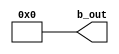
//======================================================================
//
// Copyright (c) 2016, NORDUnet A/S All rights reserved.
//
// Redistribution and use in source and binary forms, with or without
// modification, are permitted provided that the following conditions
// are met:
// - Redistributions of source code must retain the above copyright
//   notice, this list of conditions and the following disclaimer.
//
// - Redistributions in binary form must reproduce the above copyright
//   notice, this list of conditions and the following disclaimer in the
//   documentation and/or other materials provided with the distribution.
//
// - Neither the name of the NORDUnet nor the names of its contributors may
//   be used to endorse or promote products derived from this software
//   without specific prior written permission.
//
// THIS SOFTWARE IS PROVIDED BY THE COPYRIGHT HOLDERS AND CONTRIBUTORS "AS
// IS" AND ANY EXPRESS OR IMPLIED WARRANTIES, INCLUDING, BUT NOT LIMITED
// TO, THE IMPLIED WARRANTIES OF MERCHANTABILITY AND FITNESS FOR A
// PARTICULAR PURPOSE ARE DISCLAIMED. IN NO EVENT SHALL THE COPYRIGHT
// HOLDER OR CONTRIBUTORS BE LIABLE FOR ANY DIRECT, INDIRECT, INCIDENTAL,
// SPECIAL, EXEMPLARY, OR CONSEQUENTIAL DAMAGES (INCLUDING, BUT NOT LIMITED
// TO, PROCUREMENT OF SUBSTITUTE GOODS OR SERVICES; LOSS OF USE, DATA, OR
// PROFITS; OR BUSINESS INTERRUPTION) HOWEVER CAUSED AND ON ANY THEORY OF
// LIABILITY, WHETHER IN CONTRACT, STRICT LIABILITY, OR TORT (INCLUDING
// NEGLIGENCE OR OTHERWISE) ARISING IN ANY WAY OUT OF THE USE OF THIS
// SOFTWARE, EVEN IF ADVISED OF THE POSSIBILITY OF SUCH DAMAGE.
//
//======================================================================

`timescale 1ns / 1ps

module brom_p256_zero
  (
   //input		wire			clk,
   //input		wire	[ 3-1:0]	b_addr,
   output wire [32-1:0] b_out
   );


   assign b_out = {32{1'b0}};

   //
   // Output Registers
   //
   //reg [31:0] bram_reg_b;

   //assign b_out = bram_reg_b;


   //
   // Read-Only Port B
   //
   //always @(posedge clk)
   //
   //case (b_addr)
   //3'b000:	bram_reg_b <= 32'h00000000;
   //3'b001:	bram_reg_b <= 32'h00000000;
   //3'b010:	bram_reg_b <= 32'h00000000;
   //3'b011:	bram_reg_b <= 32'h00000000;
   //3'b100:	bram_reg_b <= 32'h00000000;
   //3'b101:	bram_reg_b <= 32'h00000000;
   //3'b110:	bram_reg_b <= 32'h00000000;
   //3'b111:	bram_reg_b <= 32'h00000000;
   //endcase


endmodule